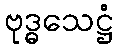
ဗုဒ္ဓသေဋ္ဌံ